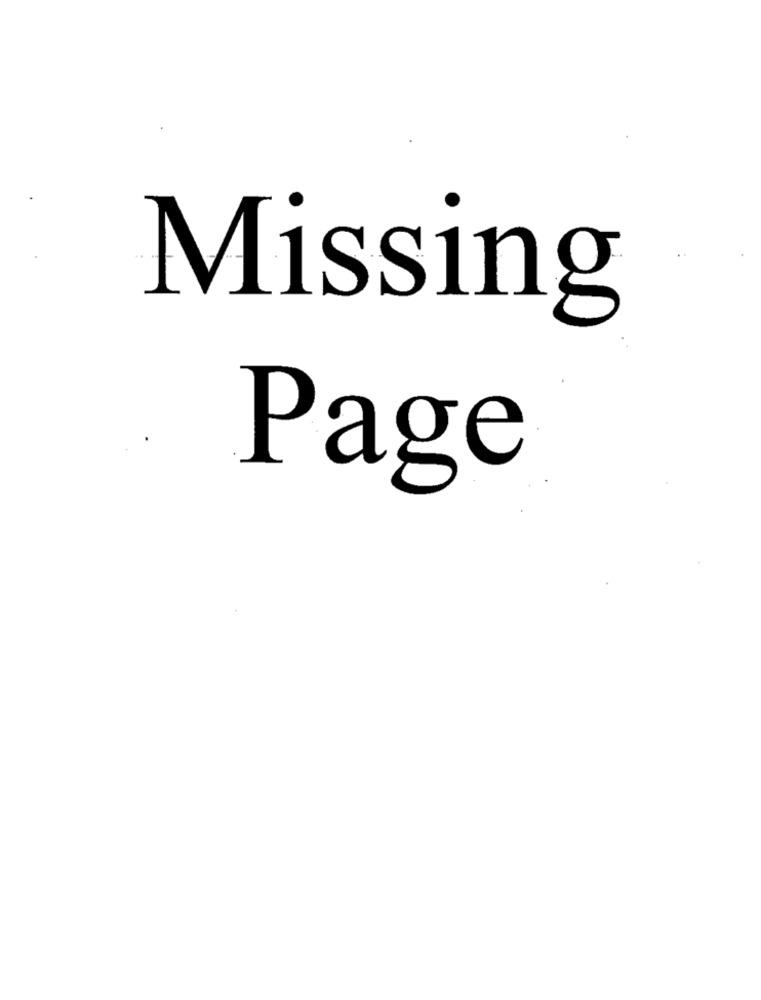
Missing
Page